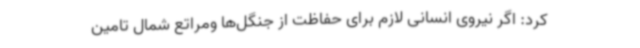
کرد: اگر نیروی انسانی لازم برای حفاظت از جنگل‌ها ومراتع شمال تامین